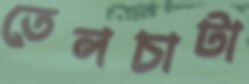
তেলচাটা